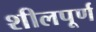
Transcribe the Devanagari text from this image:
शीलपूर्ण